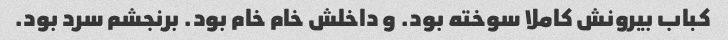
کباب بیرونش کاملا سوخته بود. و داخلش خام خام بود. برنجشم سرد بود.